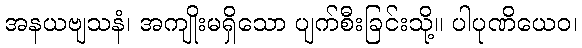
အနယဗျသနံ၊ အကျိုးမရှိသော ပျက်စီးခြင်းသို့။ ပါပုဏိယေဝ၊